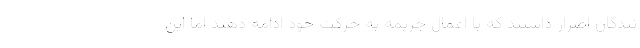
نندگان اصرار داشتند که با اعمال جریمه به حرکت خود ادامه دهند اما این